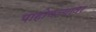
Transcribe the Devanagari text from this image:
पाहोचल्यावर